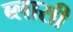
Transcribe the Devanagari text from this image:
ब्लासी